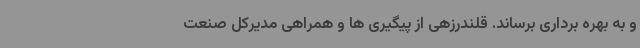
و به بهره برداری برساند. قلندرزهی از پیگیری ها و همراهی مدیرکل صنعت